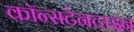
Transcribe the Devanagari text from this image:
कॉन्सटेनटाइन